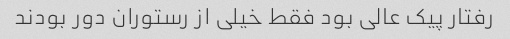
رفتار پیک عالی بود فقط خیلی از رستوران دور بودند